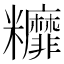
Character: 䊳